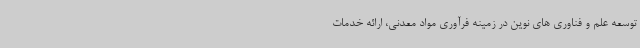
توسعه علم و فناوری های نوین در زمینه فرآوری مواد معدنی، ارائه خدمات